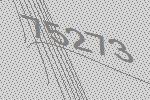
75273